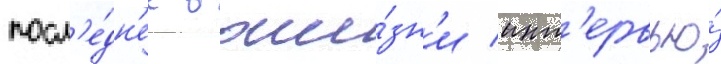
посл'е́дн'ее в жи́зн'и инт'ервью́